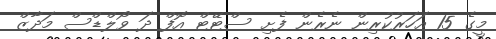
މީގެ 15 އަހަރުކުރިން ނެރެން ފެށި ސްޓޭޓް އޮފް ދަ ވޯލްޑްސް މަދާޒް